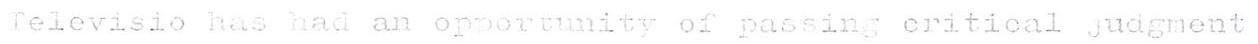
Televisio has had an opportunity of passing critical judgment